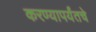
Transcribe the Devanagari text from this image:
करण्यापर्यंतचे